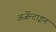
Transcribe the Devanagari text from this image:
अर्जेन्टाइन